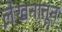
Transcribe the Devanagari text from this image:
ले़खनातून